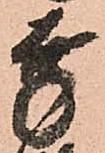
幸